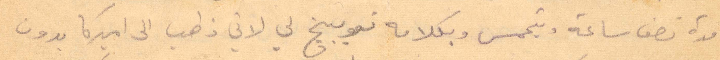
مدة نصف ساعة ويتحمس بكلامه توبيخ لي لاني ذاهب الى اميركا بدون